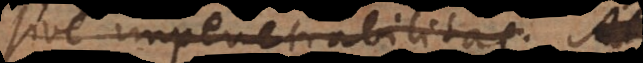
sive impenetrabilitas.